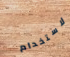
لاستخدام